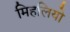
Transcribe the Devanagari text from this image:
मिहलियो